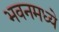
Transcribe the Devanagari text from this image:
भवनमध्ये